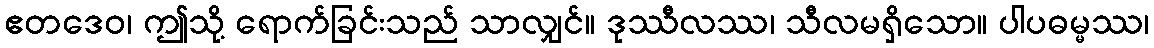
ဧတဒေဝ၊ ဤသို့ ရောက်ခြင်းသည် သာလျှင်။ ဒုဿီလဿ၊ သီလမရှိသော။ ပါပဓမ္မဿ၊